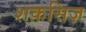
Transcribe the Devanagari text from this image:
शक़सिज़